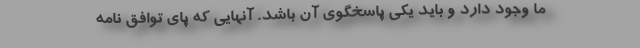
ما وجود دارد و باید یکی پاسخگوی آن باشد. آنهایی که پای توافق نامه